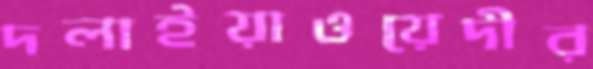
দলাইয়াওয়েদীর